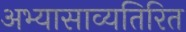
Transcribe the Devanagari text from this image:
अभ्यासाव्यतिरित